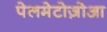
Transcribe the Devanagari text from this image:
पेलमेटोज़ोआ